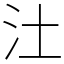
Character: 汢